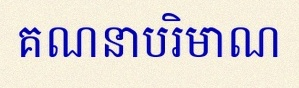
គណនាបរិមាណ